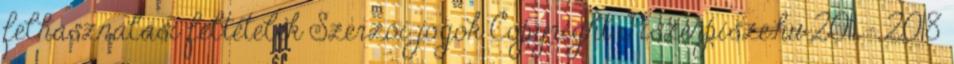
felhasználási feltételek Szerzői jogok Copyright Piszénpisze.hu 2011 - 2018